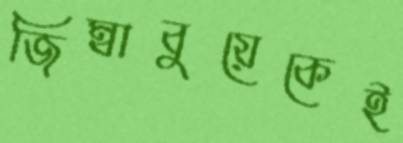
জিম্বাবুয়েকেই